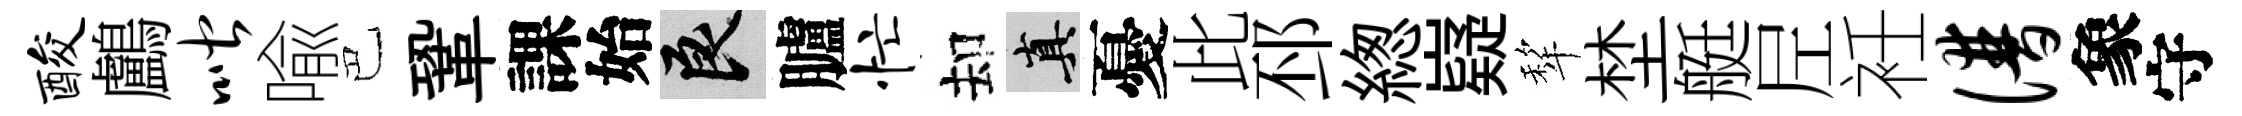
酸鸕喈喩巴鞏課始良臚忙却真憂此邳緫嶷犂埜艇𡰱衽谱象守